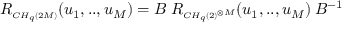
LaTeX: R _ { \scriptscriptstyle C H _ { q } ( 2 M ) } ( u _ { 1 } , . . , u _ { M } ) = B \: R _ { \scriptscriptstyle C H _ { q } ( 2 ) ^ { \otimes M } } ( u _ { 1 } , . . , u _ { M } ) \: B ^ { - 1 } \,